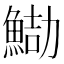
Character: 𩷻